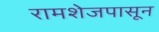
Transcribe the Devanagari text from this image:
रामशेजपासून